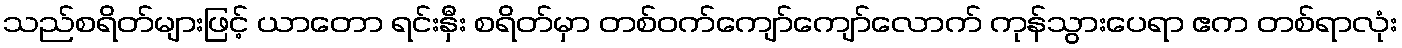
သည်စရိတ်များဖြင့် ယာတော ရင်းနှီး စရိတ်မှာ တစ်ဝက်ကျော်ကျော်လောက် ကုန်သွားပေရာ ဧက တစ်ရာလုံး